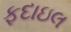
ફદાઇલ